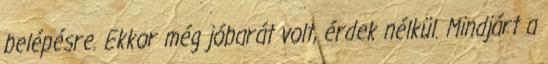
belépésre. Ekkor még jóbarát volt, érdek nélkül. Mindjárt a